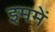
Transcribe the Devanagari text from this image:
इममें